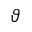
\vartheta